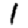
Digit: 1